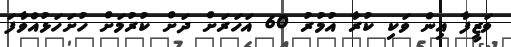
ވަޒީފާ އިން ވަކި ކުރާ އުމުރު 60 އަހަރަށް ދަށް ކުރުމަށް ހުށަހަޅުއްވާފަ